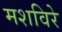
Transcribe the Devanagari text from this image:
मशविरे